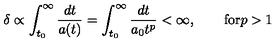
\delta \propto \int _ { t _ { 0 } } ^ { \infty } \frac { d t } { a ( t ) } = \int _ { t _ { 0 } } ^ { \infty } \frac { d t } { a _ { 0 } t ^ { p } } < \infty , \qquad \mathrm { f o r } p > 1